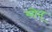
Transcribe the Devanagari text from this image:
योन्